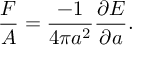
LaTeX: \frac { F } { A } = \frac { - 1 } { 4 \pi a ^ { 2 } } \frac { \partial E } { \partial a } .